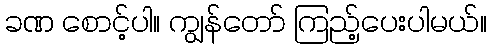
ခဏ စောင့်ပါ။ ကျွန်တော် ကြည့်ပေးပါမယ်။